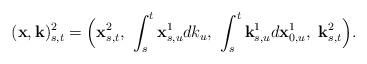
LaTeX: \begin{align*}(\mathbf{x}, \mathbf{k})^2_{s,t} = \Bigl( \mathbf{x}^2_{s,t}, \,\, \int_s^t \mathbf{x}^1_{s,u} dk_u, \,\, \int_s^t \mathbf{k}^1_{s,u} d \mathbf{x}^1_{0,u}, \,\, \mathbf{k}^2_{s,t} \Bigr).\end{align*}